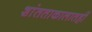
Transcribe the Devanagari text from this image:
शांतताकालातही